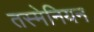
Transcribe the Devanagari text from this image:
तस्मेनियन